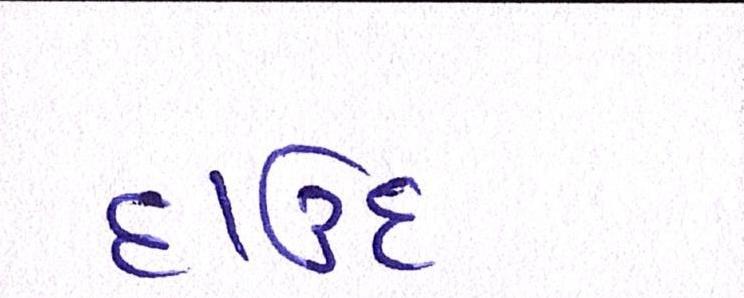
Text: દાઉદ